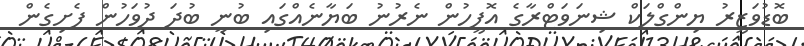
ބޮޑުވަޒީރު ޔިންގްލަކް ޝިނަވަޓްރާގެ އޮފީހުން ނެރުނު ބަޔާނެއްގައި ބުނީ ބުދަ ދުވަހުން ފެށިިގެން